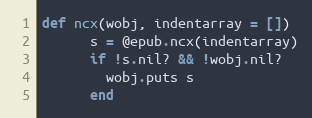
Language: Ruby
def ncx(wobj, indentarray = [])
      s = @epub.ncx(indentarray)
      if !s.nil? && !wobj.nil?
        wobj.puts s
      end